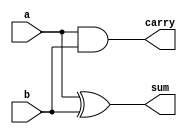
////////////////////////////////////////////
// Synopsis: half adder, full adder,
//           4:2 compressor,
//           5:2 compressor
////////////////////////////////////////////

////////////////////////////
// Half Adder
////////////////////////////
module half_adder (
  input a,
  input b,
  output sum,
  output carry
);

  assign sum = a ^ b;
  assign carry = a & b; 

endmodule

////////////////////////////
// Full Adder
////////////////////////////
module full_adder (
  input a,
  input b,
  input cin,
  output sum,
  output cout
);

  //wire ha1_sum, ha2_sum;
  //wire ha1_carry, ha2_carry;

  //half_adder HA1(
    //.a(a),
    //.b(b),
    //.sum(ha1_sum),
    //.carry(ha1_carry)
  //);
 
  //half_adder HA2(
    //.a(cin),
    //.b(ha1_sum),
    //.sum(ha2_sum),
    //.carry(ha2_carry)
  //);

  //assign sum = ha2_sum;
  //assign cout = ha1_carry | ha2_carry;

  wire xor_ab;
  assign xor_ab = a ^ b;
  assign sum = xor_ab ^ cin;
  assign cout = (a & b) | (cin & xor_ab);

endmodule

////////////////////////////
// 4:2 Compressor
////////////////////////////
module compress42 (
  input a,
  input b,
  input c,
  input d,
  input cin,
  output sum,
  output carry,
  output cout
);
  
  wire fa1_sum;

  full_adder FA1(
    .a(a),
    .b(b),
    .cin(c),
    .sum(fa1_sum),
    .cout(cout)
  );
  
  full_adder FA2(
    .a(fa1_sum),
    .b(d),
    .cin(cin),
    .sum(sum),
    .cout(carry)
  );

endmodule

module compress42_opt (
  input a,
  input b,
  input c,
  input d,
  input cin,
  output sum,
  output carry,
  output cout
);
  
  wire xor_ab;
  wire xor_cd;
  wire xor_abcd;

  assign xor_ab = a ^ b;
  assign xor_cd = c ^ d;
  assign xor_abcd = xor_ab ^ xor_cd;

  assign sum = xor_abcd ^ cin;
  assign cout = (xor_ab ? c : a);
  assign carry = (xor_abcd ? cin : d);

endmodule

////////////////////////////
// 5:2 Compressor
////////////////////////////
module compress52 (
  input a,
  input b,
  input c,
  input d,
  input e,
  input cin1,
  input cin2,
  output sum,
  output carry,
  output cout1,
  output cout2
);
  
  wire fa1_sum;
  wire fa2_sum;

  full_adder FA1(
    .a(a),
    .b(b),
    .cin(c),
    .sum(fa1_sum),
    .cout(cout1)
  );
  
  full_adder FA2(
    .a(fa1_sum),
    .b(d),
    .cin(cin1),
    .sum(fa2_sum),
    .cout(cout2)
  );
  
  full_adder FA3(
    .a(fa2_sum),
    .b(e),
    .cin(cin2),
    .sum(sum),
    .cout(carry)
  );

endmodule

module compress52_opt (
  input a,
  input b,
  input c,
  input d,
  input e,
  input cin1,
  input cin2,
  output sum,
  output carry,
  output cout1,
  output cout2
);
  
  //wire xor_abc;
  //wire xor_decin1;

  //assign xor_abc = a ^ b ^ c;
  //assign xor_decin1 = d ^ e ^ cin1;
  //assign sum = a ^ b ^ c ^ d ^ e ^ cin1 ^ cin2;
  //assign cout1 = (a & b) | ((a | b) & c);
  //assign cout2 = ((d ^ e) ? cin1 : d);
  //assign carry = (xor_abc ^ xor_decin1) ? cin2 : xor_abc;

  wire xor_ab;
  wire xor_cd;
  wire xor_abcd;
  wire xor_ecin1;
  wire xor_abcdecin1;

  assign xor_ab = a ^ b;
  assign xor_cd = c ^ d;
  assign xor_abcd = xor_ab ^ xor_cd;
  assign xor_ecin1 = e ^ cin1;
  assign xor_abcdecin1 = xor_abcd ^ xor_ecin1;
  assign sum = xor_abcdecin1 ^ cin2;
  assign carry = xor_abcdecin1 ? cin2 : e;
  assign cout1 = xor_ab ? c : a;
  assign cout2 = xor_abcd ? cin1 : d;

endmodule